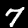
Label: 7